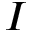
I